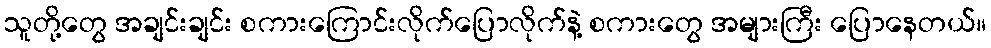
သူတို့တွေ အချင်းချင်း စကားကြောင်းလိုက်ပြောလိုက်နဲ့ စကားတွေ အများကြီး ပြောနေတယ်။